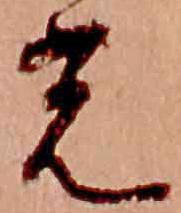
光